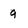
Character: 9